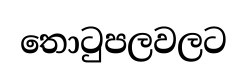
තොටුපලවලට